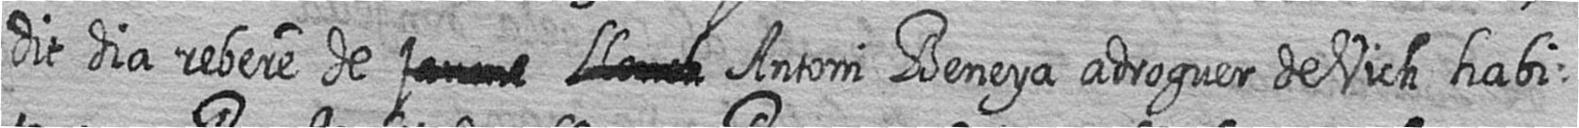
dit dia rebere de # # Antoni Beneya adroguer de Vich habi=